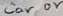
Text: Car or